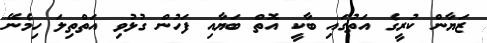
ޒަޔާން ކުރީގެ އަތުގައި ބާކީ އޮތް ބަޔާއި ފަހުން ގުޅުވި އަތްތިލަ ހިމެނޭ